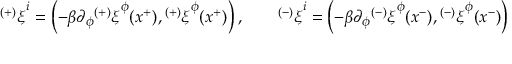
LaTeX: { ^ { ( + ) } \xi } ^ { i } = \left( - \beta \partial _ { \phi } { ^ { ( + ) } \xi } ^ { \phi } ( x ^ { + } ) , { ^ { ( + ) } \xi } ^ { \phi } ( x ^ { + } ) \right) , \qquad { ^ { ( - ) } \xi } ^ { i } = \left( - \beta \partial _ { \phi } { ^ { ( - ) } \xi } ^ { \phi } ( x ^ { - } ) , { ^ { ( - ) } \xi } ^ { \phi } ( x ^ { - } ) \right)